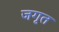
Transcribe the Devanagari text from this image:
जगृत